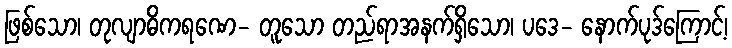
ဖြစ်သော၊ တုလျာဓိကရဏေ- တူသော တည်ရာအနက်ရှိသော၊ ပဒေ- နောက်ပုဒ်ကြောင့်၊